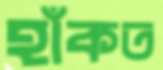
হাঁকত